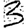
Digit: 3